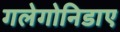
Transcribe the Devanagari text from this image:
गलेगोनिडाए